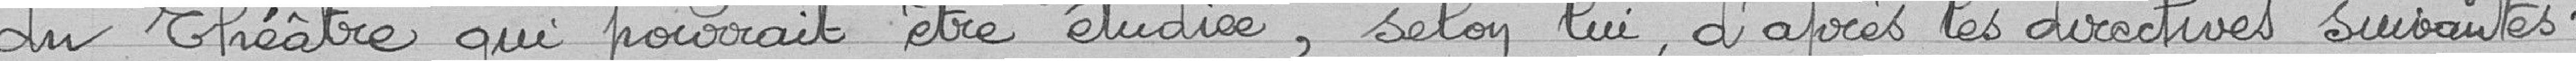
du théâtre qui pourrait être étudiée, selon lui, d'après les directives suivantes :